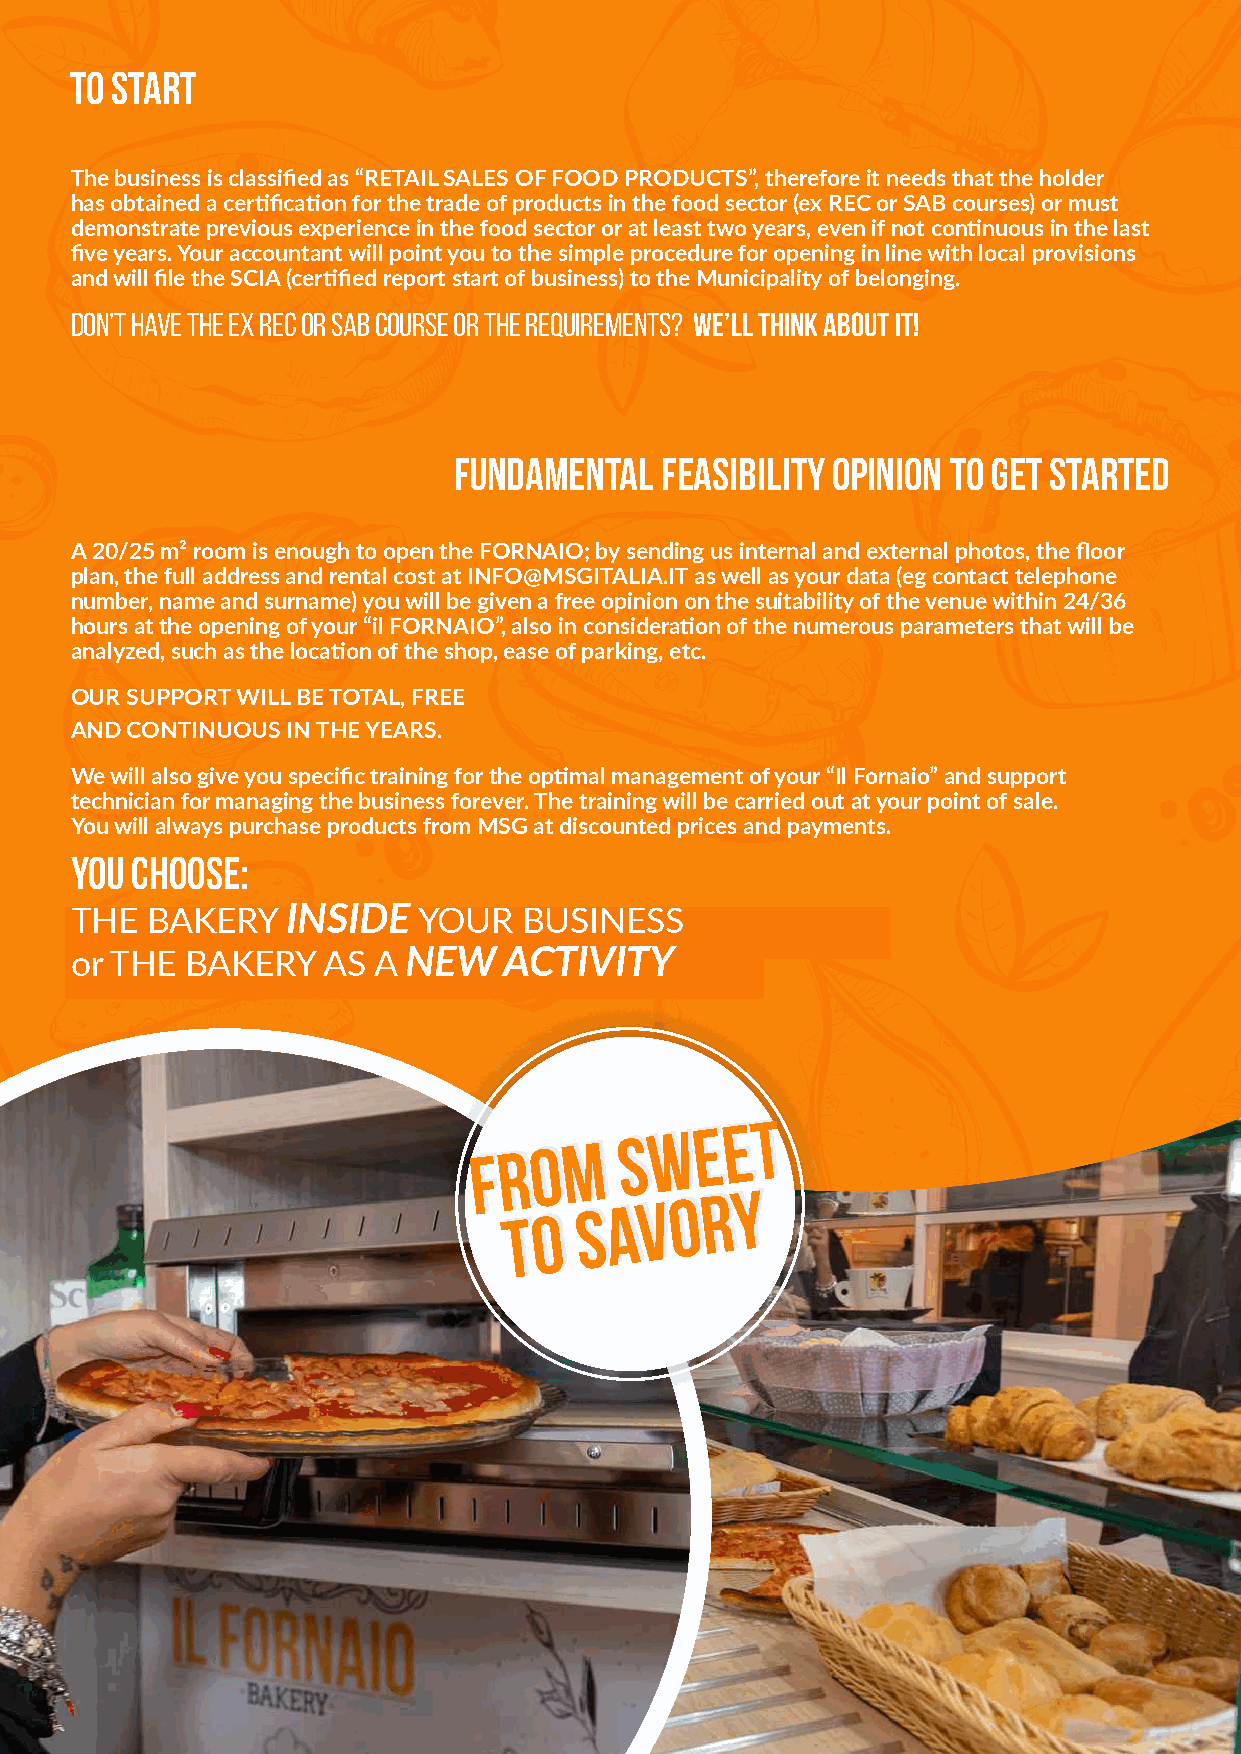
to start
 The business is classified as “RETAIL SALES OF FOOD PRODUCTS”, therefore it needs that the holder
 has obtained a certification for the trade of products in the food sector (ex REC or SAB courses) or must
 demonstrate previous experience in the food sector or at least two years, even if not continuous in the last
 five years. Your accountant will point you to the simple procedure for opening in line with local provisions
 and will file the SCIA (certified report start of business) to the Municipality of belonging.
 DON’T HAVE THE EX REC OR SAB COURSE OR THE REQUIREMENTS? We’ll think about it!
 fundamental   feasibility opinion to get started
 A 20/25 m² room is enough to open the FORNAIO; by sending us internal and external photos, the floor
 plan, the full address and rental cost at INFO@MSGITALIA.IT as well as your data (eg contact telephone
 number, name and surname) you will be given a free opinion on the suitability of the venue within 24/36
 hours at the opening of your “il FORNAIO”, also in consideration of the numerous parameters that will be
 analyzed, such as the location of the shop, ease of parking, etc.
 OUR SUPPORT WILL BE TOTAL, FREE
 AND CONTINUOUS IN THE YEARS.
 We will also give you specific training for the optimal management of your “Il Fornaio” and support
 technician for managing the business forever. The training will be carried out at your point of sale.
 You will always purchase products from MSG at discounted prices and payments.
 you choose:
 THE  BAKERY   INSIDE   YOUR   BUSINESS
 or THE BAKERY   AS  A NEW   ACTIVITY
 FFRROOMM
 SSWWEEEETT
 TTOO
 SSAAVVOORRYY
 3